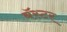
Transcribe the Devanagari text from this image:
बॅस्टर